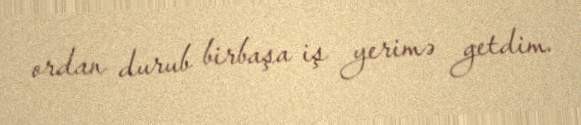
ordan durub birbaşa iş yerimə getdim.